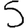
Digit: 5